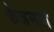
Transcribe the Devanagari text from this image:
केजमार्गे